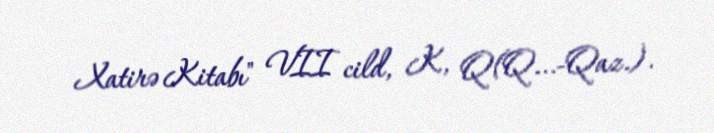
Xatirə Kitabı" VII cild, K, Q(Q...-Qaz.).